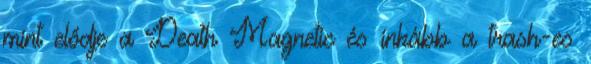
mint elődje a Death Magnetic és inkább a trash-es